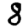
Digit: 8